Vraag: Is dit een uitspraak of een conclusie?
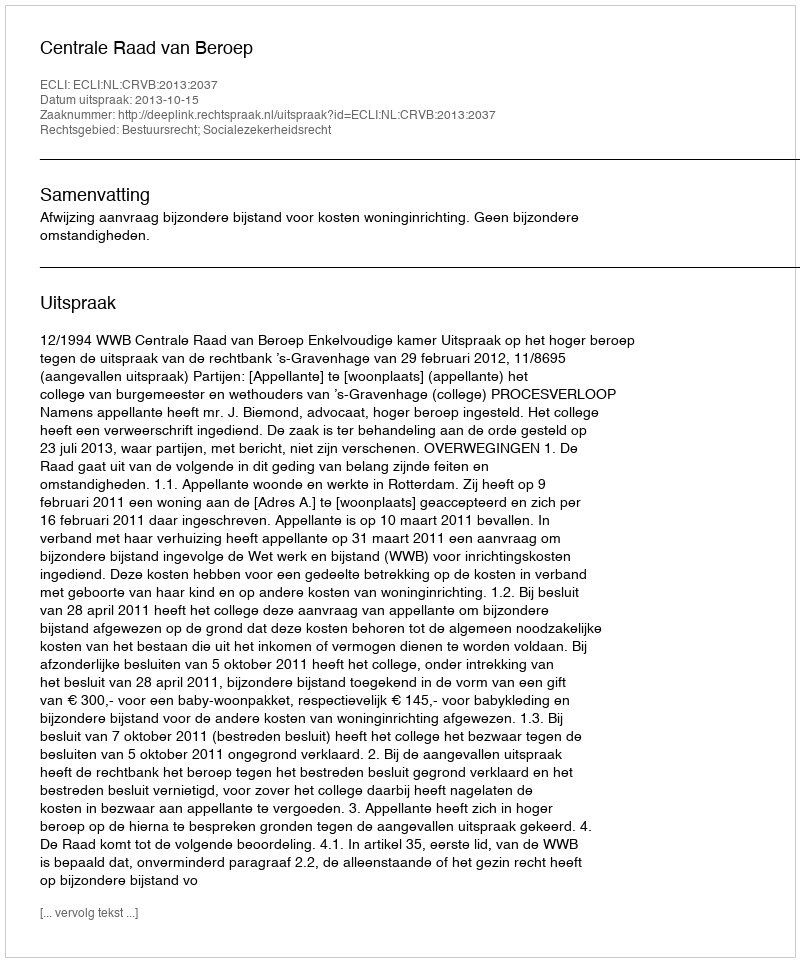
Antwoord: Uitspraak